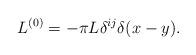
LaTeX: \begin{align*}L^{(0)} = -\pi L \delta^{ij}\delta(x-y) .\end{align*}